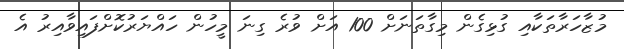
މުޒާހަރާތަކާއި ގުޅިގެން މިގާތަނަށް 100 އަށް ވުރެ ގިނަ މީހުން ހައްޔަރުކޮށްފައިވާއިރު އެ